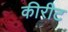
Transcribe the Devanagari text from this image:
कीरीट